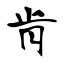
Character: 肯